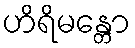
ဟိရိမန္တော